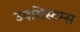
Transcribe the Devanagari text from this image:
उपसिस्टम्स